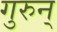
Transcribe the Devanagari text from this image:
गुरुन्